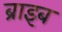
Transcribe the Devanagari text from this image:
ब्राइब